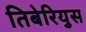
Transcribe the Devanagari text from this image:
तिबेरियुस